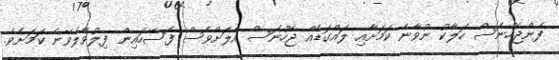
ފެންޖެހުނަސް ހަލާކު ނުވާނެ ކަމަށާއި ލައްގަޑެއް ޖެހުނަސް އެލަށްވެސް ފަސޭހައިން ފިލުވާލެވޭނެ ކަމަށެވެ.